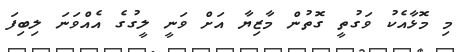
މި މޮޅާއެކު ވަގުތީ ގޮތުން މާޒިޔާ އަށް ވަނީ ލީގުގެ އެއްވަނަ ލިބިފަ